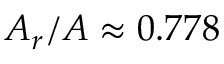
A _ { r } / A \approx 0 . 7 7 8